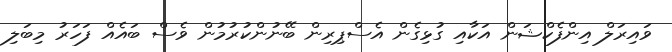
ވައިރަލް އިންފެކްޝަން އަކާއި ގުޅިގެން އެސްޕިރިން ބޭނުންކުރުމުން ވެސް ބައެއް ފަހަރު މިބަލި